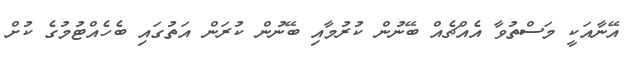
އޭނާއަކީ މަސްތުވާ އެއްޗެއް ބޭނުން ކުރުމާއި ބޭނުން ކުރަން އަތުގައި ބެހެއްޓުމުގެ ކުށް